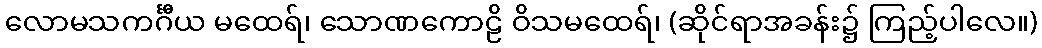
လောမသကင်္ဂီယ မထေရ်၊ သောဏကောဠိ ဝိသမထေရ်၊ (ဆိုင်ရာအခန်း၌ ကြည့်ပါလေ။)